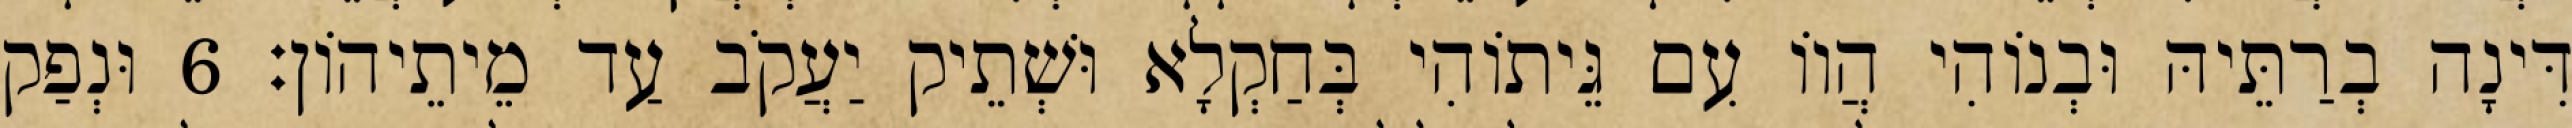
דִּינָה בְרַתֵּיהּ וּבְנוֹהִי הֲווֹ עִם גֵּיתוֹהִי בְּחַקְלָא וּשְׁתֵיק יַעֲקֹב עַד מֵיתֵיהוֹן׃ 6 וּנְפַק